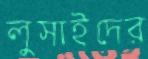
লুসাইদের